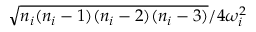
\sqrt { n _ { i } ( n _ { i } - 1 ) ( n _ { i } - 2 ) ( n _ { i } - 3 ) } / { 4 \omega _ { i } ^ { 2 } }